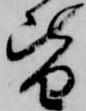
皆